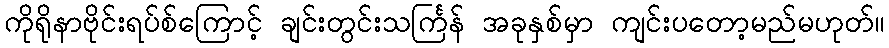
ကိုရိုနာဗိုင်းရပ်စ်ကြောင့် ချင်းတွင်းသင်္ကြန် အခုနှစ်မှာ ကျင်းပတော့မည်မဟုတ်။